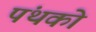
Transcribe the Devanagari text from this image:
पंथको